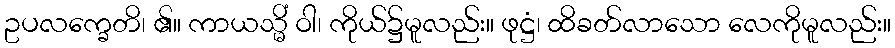
ဥပလက္ခေတိ၊ ၏။ ကာယသ္မိံ ဝါ၊ ကိုယ်၌မူလည်း။ ဖုဋ္ဌံ၊ ထိခတ်လာသော လေကိုမူလည်း။